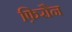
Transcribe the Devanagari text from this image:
फ़िरौन